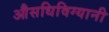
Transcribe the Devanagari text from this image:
औसधिविग्यानी